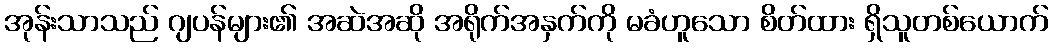
အုန်းသာသည် ဂျပန်များ၏ အဆဲအဆို အရိုက်အနှက်ကို မခံဟူသော စိတ်ထား ရှိသူတစ်ယောက်